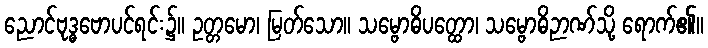
ညောင်ဗုဒ္ဓဗောပင်ရင်း၌။ ဥတ္တမော၊ မြတ်သော။ သမ္ဗောဓိပတ္ထော၊ သမ္ဗောဓိဉာဏ်သို့ ရောက်၏။